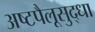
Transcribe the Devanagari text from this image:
अष्टपैलूसुद्धा